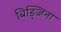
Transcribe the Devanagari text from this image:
बिड्ज़िना